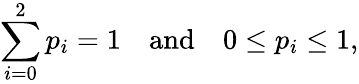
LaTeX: \sum_{i=0}^{2}p_{i}=1\quad{\mathrm{and}}\quad 0\leq p_{i}\leq 1,